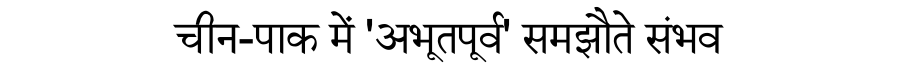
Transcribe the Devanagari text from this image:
चीन-पाक में 'अभूतपूर्व' समझौते संभव